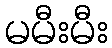
မမီးမီး